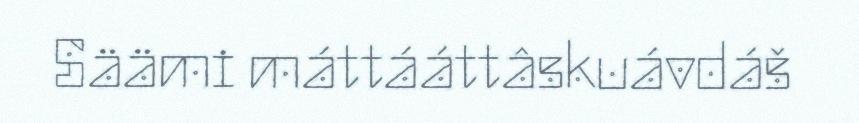
Säämi máttááttâskuávdáš